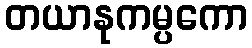
တယာနုကမ္ပကော